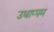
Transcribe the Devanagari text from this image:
उथाप्पम